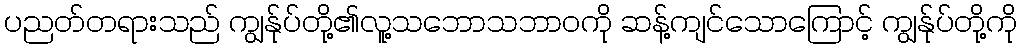
ပညတ်တရားသည် ကျွန်ုပ်တို့၏လူ့သဘောသဘာဝကို ဆန့်ကျင်သောကြောင့် ကျွန်ုပ်တို့ကို